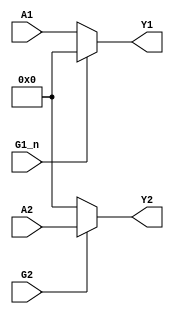
/******************************************************************************
 ** Component : TTL_74241                                                    **
 ** buffers with TTL-compatible CMOS inputs and 3-state outputs              **
 ** https://www.ti.com/product/SN74ABT241A                                   **
 *****************************************************************************/

module TTL_74241
(  
   input  [3:0] A1,
   output [3:0] Y1,
   input        G1_n,


   input  [3:0] A2,
   output [3:0] Y2,
   input        G2
);
 
   assign Y1[3:0] = G1_n ? 4'b0     : A1[3:0];
   assign Y2[3:0] = G2   ? A2[3:0]  : 4'b0;

endmodule